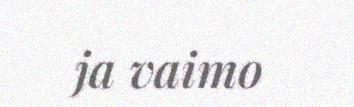
ja vaimo